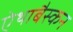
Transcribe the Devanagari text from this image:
ऐथाबैस्कन